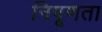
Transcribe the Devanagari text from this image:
निपूणता